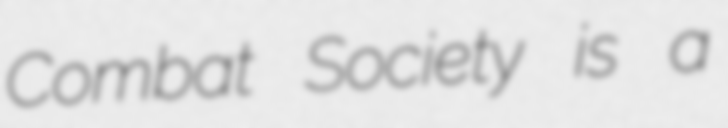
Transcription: Combat Society is a